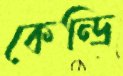
কেন্দ্রি